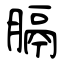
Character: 膈